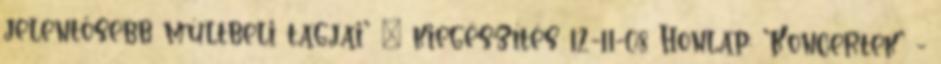
jelentősebb múltbeli tagjai' » kiegészítés 12-11-08 Honlap: 'Koncertek' -